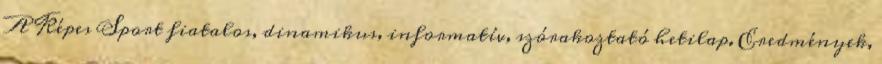
A Képes Sport fiatalos, dinamikus, informatív, szórakoztató hetilap. Eredmények,